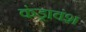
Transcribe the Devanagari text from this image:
कंड्रावंश